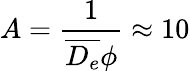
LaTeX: A=\frac{1}{\overline{{D_{e}}}\phi}\approx 10